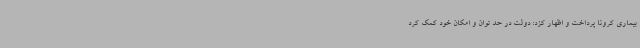
بیماری کرونا پرداخت و اظهار کزد: دولت در حد توان و امکان خود کمک کرد